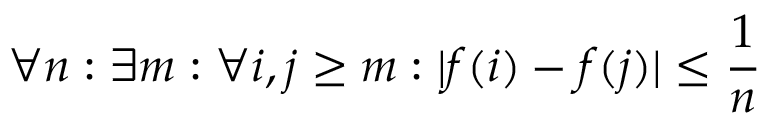
\forall n : \exists m : \forall i , j \geq m : | f ( i ) - f ( j ) | \leq { \frac { 1 } { n } }